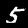
Digit: 5